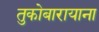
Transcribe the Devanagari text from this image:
तुकोबारायाना